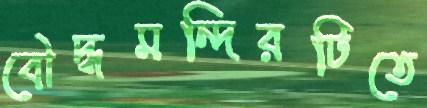
বৌদ্ধমন্দিরটিতে